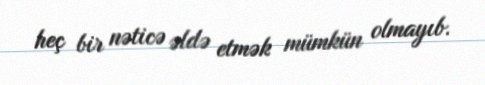
heç bir nəticə əldə etmək mümkün olmayıb.